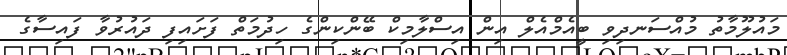
މައުލޫމާތު މުއްސަނދިވި ބީއެމްއެލް އިން އިސްލާމިކް ބޭންކިންގެ ހިދުމަތް ފަށައިފި ދައުރުވާ ފައިސާގެ